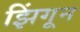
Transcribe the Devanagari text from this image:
झिंगून